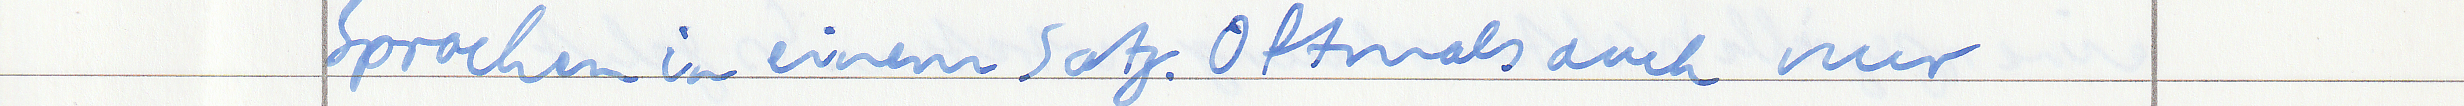
Sprachen in einem Satz. Oftmals auch nur